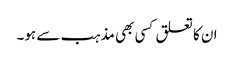
ان کا تعلق کسی بھی مذہب سے ہو۔